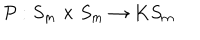
{ \cal P } : S _ { m } \times S _ { m } \rightarrow K S _ { m } \hspace { 1 i n }